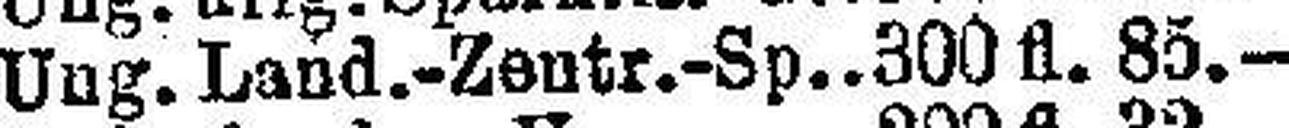
Ung. Land.-Zentr.-Sp. 300 fl. 85.—